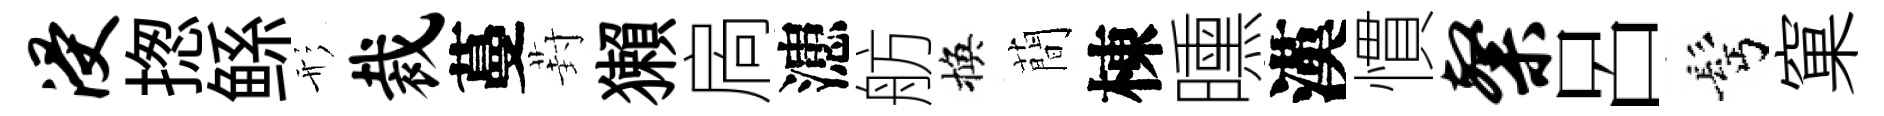
浸揔鲧形裁蔓葑獺扄漶舫換蕳棟曛漢慣粲呂髩窠